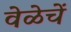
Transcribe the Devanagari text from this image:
वेळेचें